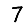
Digit: 7